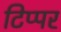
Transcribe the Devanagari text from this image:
टिप्पर